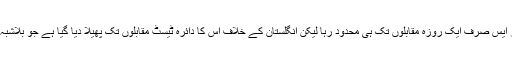
سری لنکا کے خلاف سیریز میں تو ڈی آر ایس صرف ایک روزہ مقابلوں تک ہی محدود رہا لیکن انگلستان کے خلاف اس کا دائرہ ٹیسٹ مقابلوں تک پھیلا دیا گیا ہے جو بلاشبہ سیریز کے لیے ایک بہت اچھی خبر ہے۔